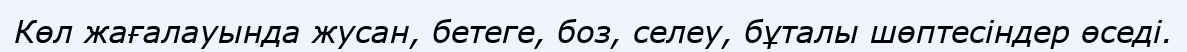
Көл жағалауында жусан, бетеге, боз, селеу, бұталы шөптесіндер өседі.